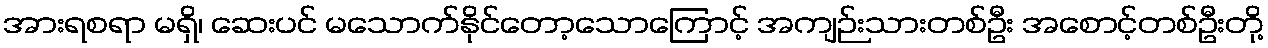
အားရစရာ မရှိ၊ ဆေးပင် မသောက်နိုင်တော့သောကြောင့် အကျဉ်းသားတစ်ဦး အစောင့်တစ်ဦးတို့